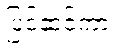
ပြင်ဆင်ကာ